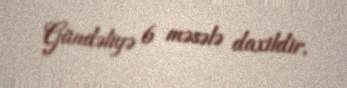
Gündəliyə 6 məsələ daxildir.